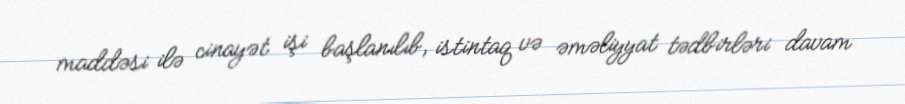
maddəsi ilə cinayət işi başlanılıb, istintaq və əməliyyat tədbirləri davam